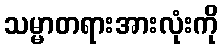
သမ္မာတရားအားလုံးကို